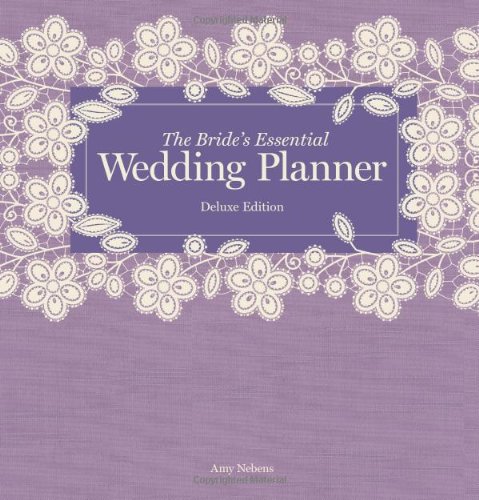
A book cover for The Bride's Essential Wedding Planner: Deluxe Edition; Amy Nebens; Crafts, Hobbies & Home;